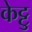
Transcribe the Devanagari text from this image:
केट्टु